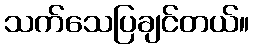
သက်သေပြချင်တယ်။